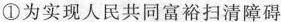
①为实现人民共同富裕扫清障碍